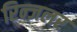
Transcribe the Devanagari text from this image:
रिन्ज़लर